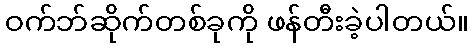
ဝက်ဘ်ဆိုက်တစ်ခုကို ဖန်တီးခဲ့ပါတယ်။